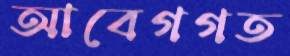
আবেগগত